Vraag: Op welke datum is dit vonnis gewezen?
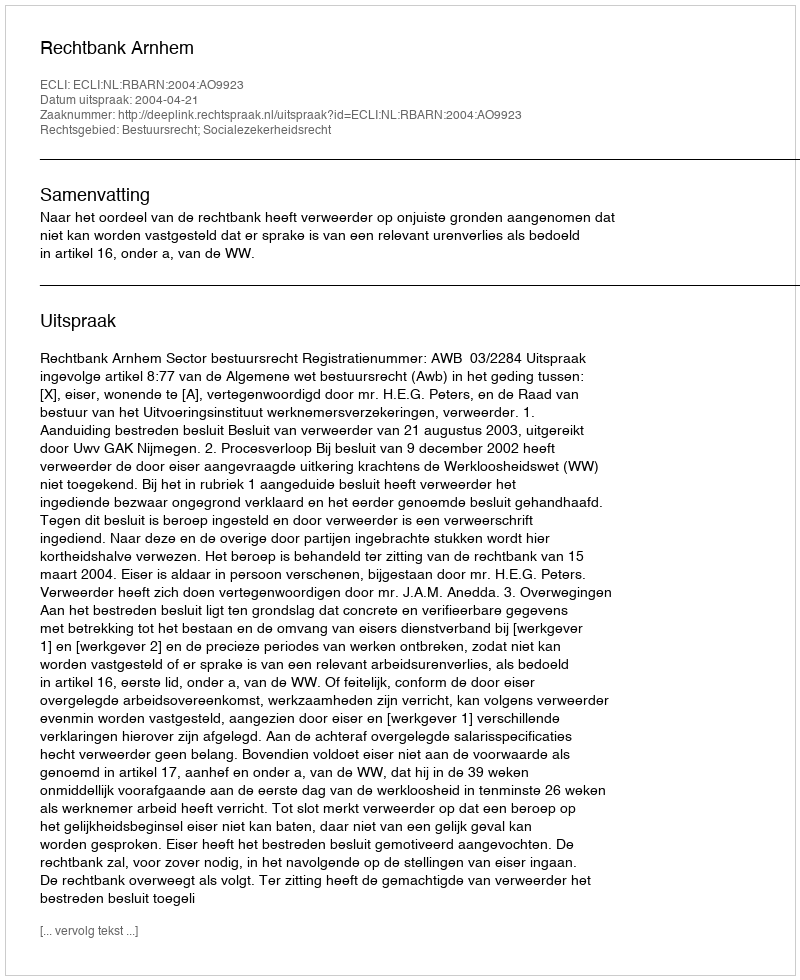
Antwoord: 2004-04-21